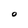
Character: 0